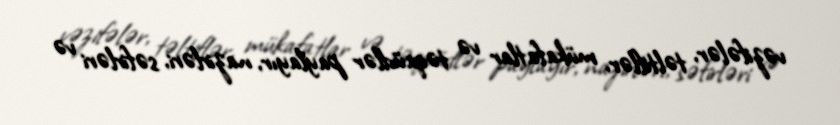
vəzifələr, təltiflər, mükafatlar və təqaüdlər paylayır, nazirləri, səfirləri və